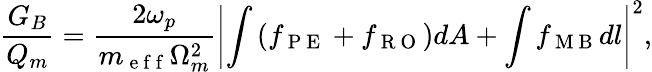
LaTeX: {}\frac{G_{B}}{Q_{m}}=\frac{2\omega_{p}}{m_{\mathrm{~e~f~f~}}\Omega_{m}^{2}}\left|\int\left(f_{\mathrm{~P~E~}}+f_{\mathrm{~R~O~}}\right)dA+\int f_{\mathrm{~M~B~}}dl\right|^{2},